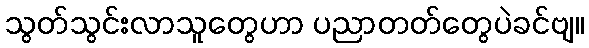
သွတ်သွင်းလာသူတွေဟာ ပညာတတ်တွေပဲခင်ဗျ။